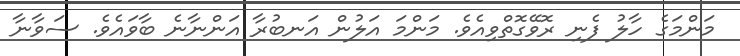
މަންމަގެ ހާލު ފެނި ރޮވޭގޮތްވިއެވެ. މަންމަ އަލުން އަނބުރާ އަންނާނެ ބާވައެވެ. ސަވާނާ